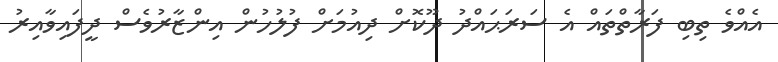
އެއްވެ ތިބި ފަރާތްތައް އެ ސަރަޙައްދު ދޫކޮށް ދިއުމަށް ފުލުހުން އިންޒާރުވެސް ދީފައިވާއިރު